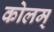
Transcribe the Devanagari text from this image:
कोलम्